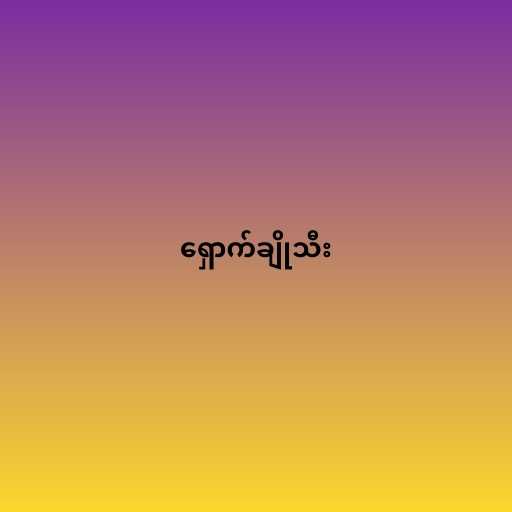
ရှောက်ချိုသီး